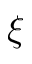
\xi